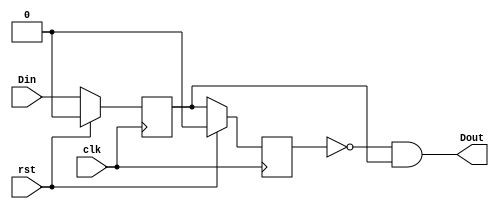
`timescale 1ns / 1ps
//////////////////////////////////////////////////////////////////////////////////
// Company: 
// Engineer: 
// 
// Design Name: 
// Module Name:    debounce_pulse 
// Project Name: 
// Target Devices: 
// Tool versions: 
// Description: 
//
// Dependencies: 
//
// Revision: 
// Revision 0.01 - File Created
// Additional Comments: 
//
//////////////////////////////////////////////////////////////////////////////////
module debounce_pulse(
    input wire clk,
    input wire rst,
    input wire Din,
    output wire Dout
    );
	 wire A;
	 reg B,C;
	 integer cnt;
	 
	 assign A = Din;
	 
	 always @(posedge clk)
		if(rst==1) begin
			B <= 0;
			C <= 0;
		end
		else begin
			B <= A;
			C <= B;
		end
		
		assign Dout = (~C & B);



endmodule